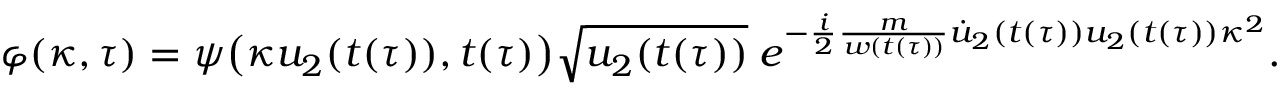
\begin{array} { r } { \varphi ( \kappa , \tau ) = \psi \big ( \kappa u _ { 2 } ( t ( \tau ) ) , t ( \tau ) \big ) \sqrt { u _ { 2 } ( t ( \tau ) ) } \; e ^ { - \frac { i } { 2 } \frac { m } { w ( t ( \tau ) ) } \dot { u } _ { 2 } ( t ( \tau ) ) u _ { 2 } ( t ( \tau ) ) \kappa ^ { 2 } } . } \end{array}